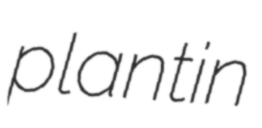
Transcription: plant in